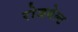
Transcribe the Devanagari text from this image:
रोजबेल्ट